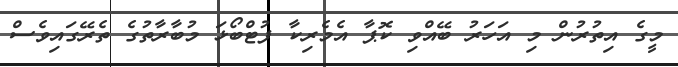
މީގެ އިތުރުން މި އަހަރު ބޭއްވި ކޮޕާ އެމެރިކާ ފުޓްބޯޅަ މުބާރާތުގެ ތެރޭގައިވެސް